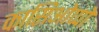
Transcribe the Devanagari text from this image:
कासिओप्पो